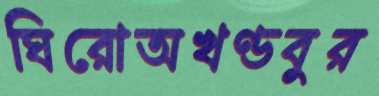
ঘিরোঅখণ্ডবুর